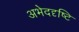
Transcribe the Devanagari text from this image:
अभेददृष्टि